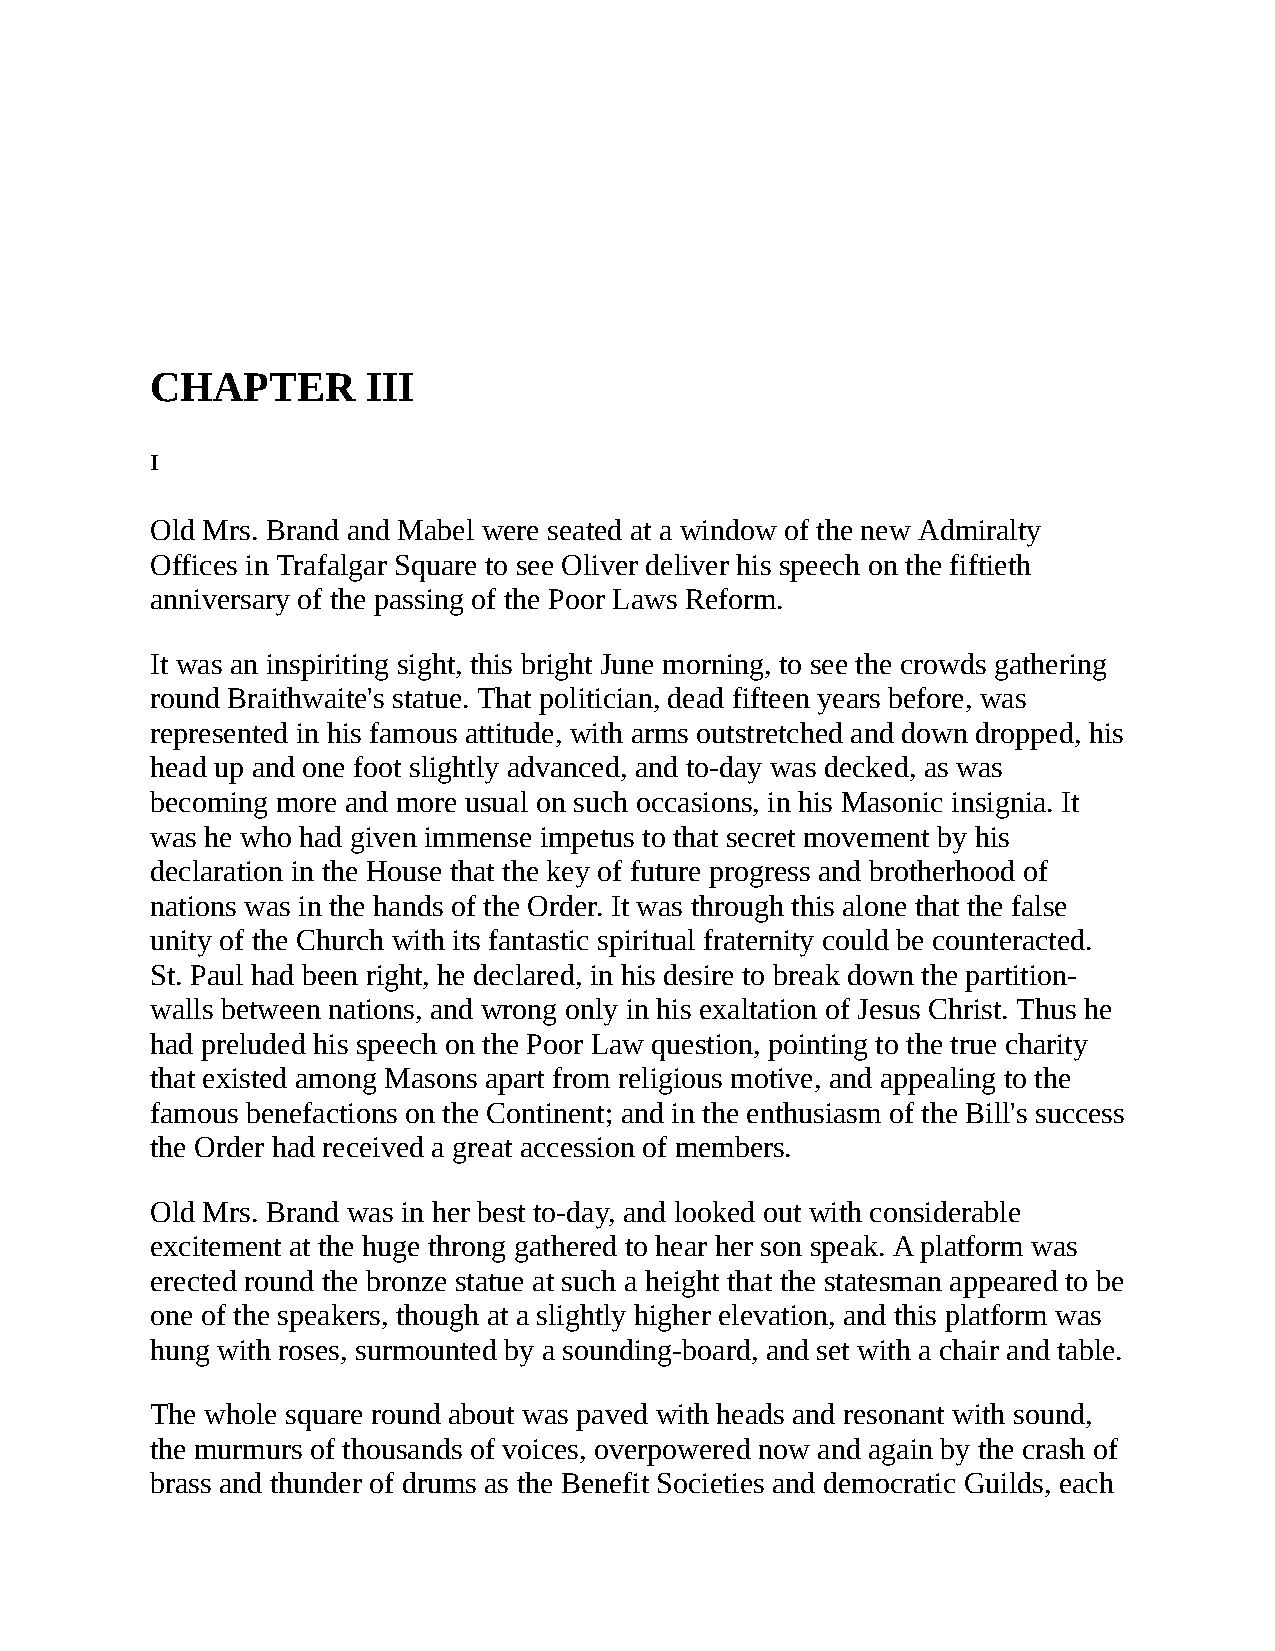
CHAPTER       III
 I
 Old Mrs. Brand and Mabel were seated at a window of the new Admiralty
 Offices in Trafalgar Square to see Oliver deliver his speech on the fiftieth
 anniversary of the passing of the Poor Laws Reform.
 It was an inspiriting sight, this bright June morning, to see the crowds gathering
 round Braithwaite's statue. That politician, dead fifteen years before, was
 represented in his famous attitude, with arms outstretched and down dropped, his
 head up and one foot slightly advanced, and to-day was decked, as was
 becoming more and more usual on such occasions, in his Masonic insignia. It
 was he who had given immense impetus to that secret movement by his
 declaration in the House that the key of future progress and brotherhood of
 nations was in the hands of the Order. It was through this alone that the false
 unity of the Church with its fantastic spiritual fraternity could be counteracted.
 St. Paul had been right, he declared, in his desire to break down the partition-
 walls between nations, and wrong only in his exaltation of Jesus Christ. Thus he
 had preluded his speech on the Poor Law question, pointing to the true charity
 that existed among Masons apart from religious motive, and appealing to the
 famous benefactions on the Continent; and in the enthusiasm of the Bill's success
 the Order had received a great accession of members.
 Old Mrs. Brand was in her best to-day, and looked out with considerable
 excitement at the huge throng gathered to hear her son speak. A platform was
 erected round the bronze statue at such a height that the statesman appeared to be
 one of the speakers, though at a slightly higher elevation, and this platform was
 hung with roses, surmounted by a sounding-board, and set with a chair and table.
 The whole square round about was paved with heads and resonant with sound,
 the murmurs of thousands of voices, overpowered now and again by the crash of
 brass and thunder of drums as the Benefit Societies and democratic Guilds, each